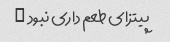
پیتزای طعم داری نبود …